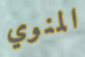
المنوي